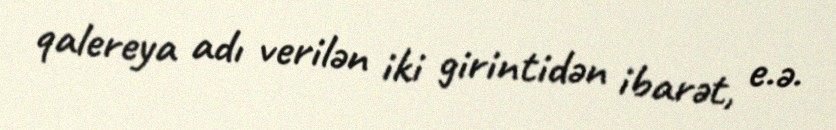
qalereya adı verilən iki girintidən ibarət, e.ə.